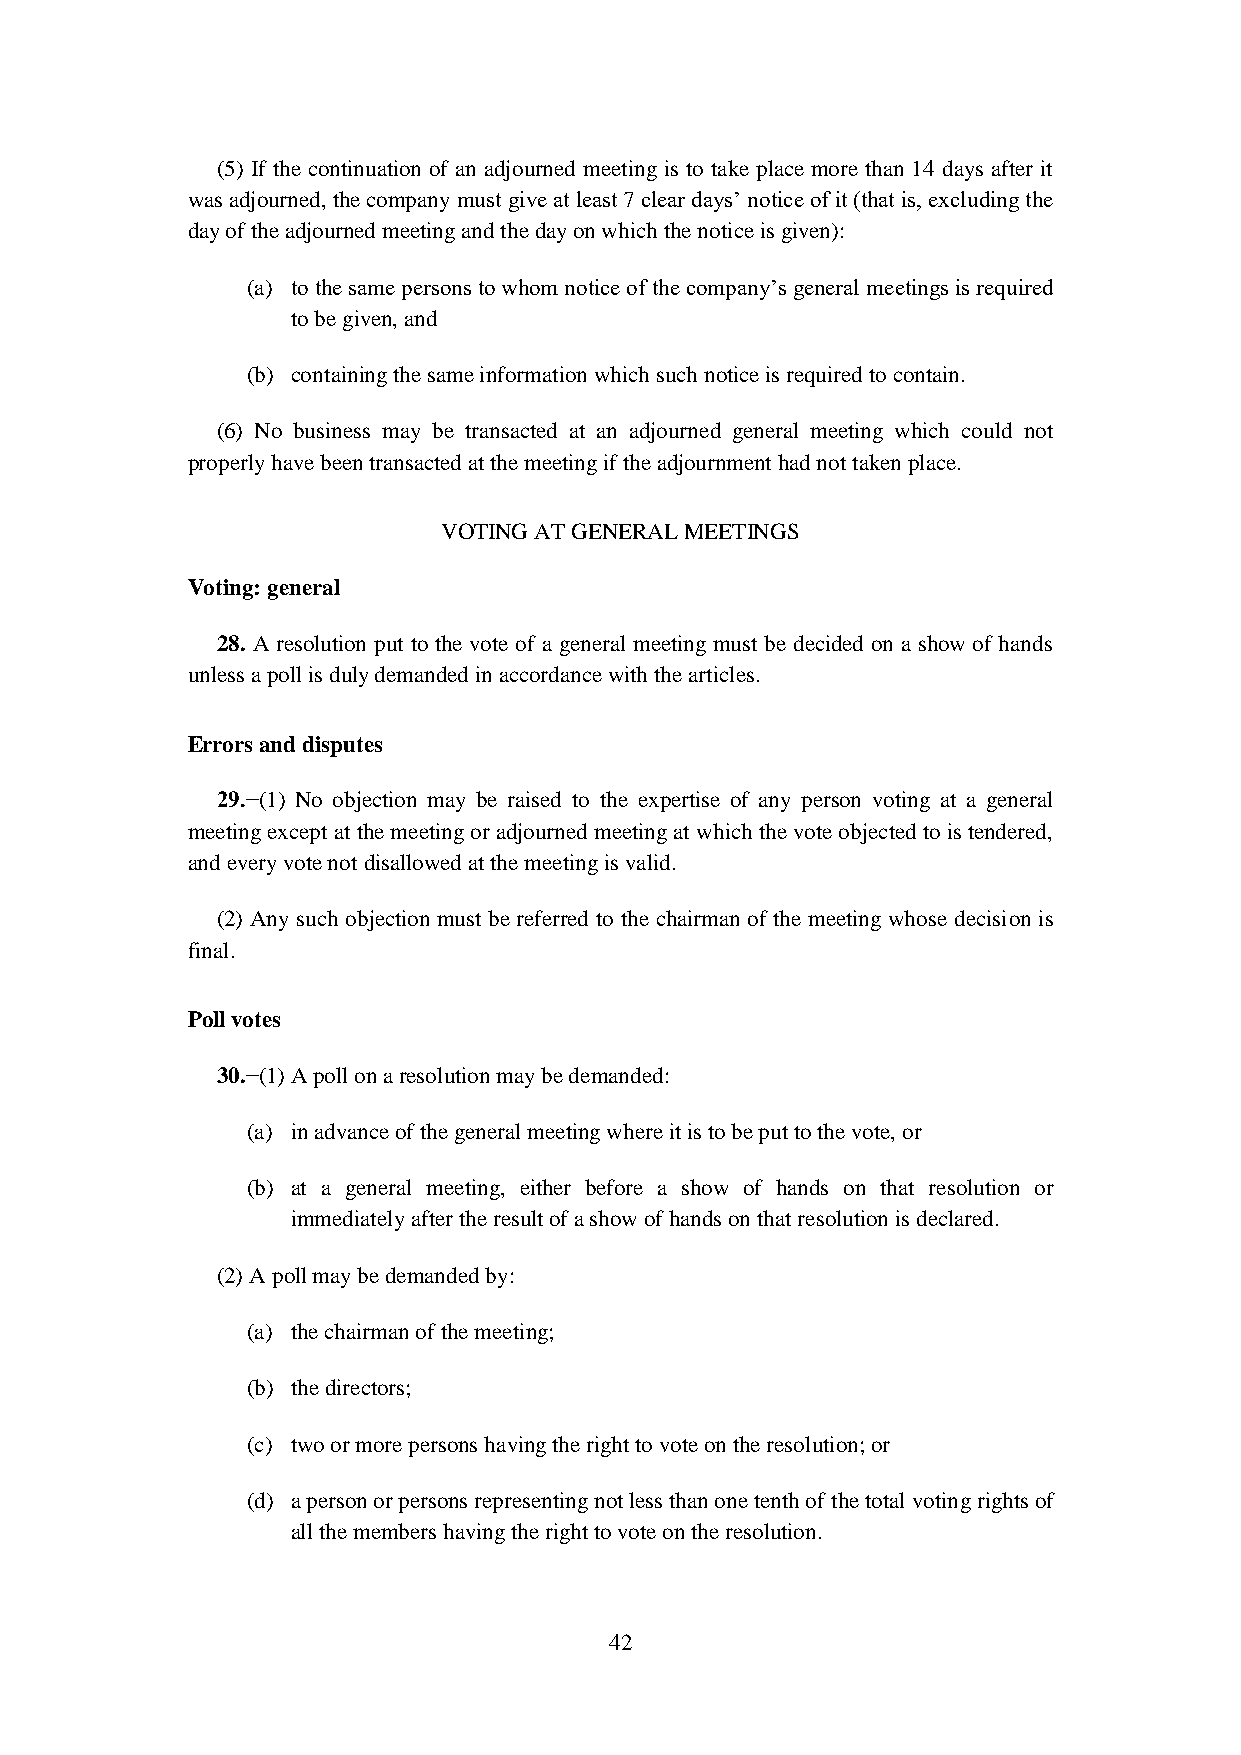
(5) If the continuation of an adjourned meeting is to take place more than 14 days after it
 was adjourned, the company must give at least 7 clear days’ notice of it (that is, excluding the
 day of the adjourned meeting and the day on which the notice is given):
 (a) to the same persons to whom notice of the company’s general meetings is required
 to be given, and
 (b) containing the same information which such notice is required to contain.
 (6) No business may be transacted at an adjourned general meeting which could not
 properly have been transacted at the meeting if the adjournment had not taken place.
 VOTING AT GENERAL MEETINGS
 Voting: general
 28. A resolution put to the vote of a general meeting must be decided on a show of hands
 unless a poll is duly demanded in accordance with the articles.
 Errors and disputes
 29.−(1) No objection may be raised to the expertise of any person voting at a general
 meeting except at the meeting or adjourned meeting at which the vote objected to is tendered,
 and every vote not disallowed at the meeting is valid.
 (2) Any such objection must be referred to the chairman of the meeting whose decision is
 final.
 Poll votes
 30.−(1) A poll on a resolution may be demanded:
 (a) in advance of the general meeting where it is to be put to the vote, or
 (b) at a general meeting, either before a show of hands on that resolution or
 immediately after the result of a show of hands on that resolution is declared.
 (2) A poll may be demanded by:
 (a) the chairman of the meeting;
 (b) the directors;
 (c) two or more persons having the right to vote on the resolution; or
 (d) a person or persons representing not less than one tenth of the total voting rights of
 all the members having the right to vote on the resolution.
 42